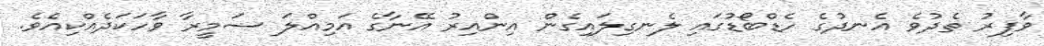
ވާފިރު ތެދުވެ އެނދުގެ ހެޑްބޯޑުގައި ލެނގިލައިގެން އިންއިރު އޭނާގެ އަމިއްލަ ޟަމީރާ ވާހަކަދެއްކިއެވެ.